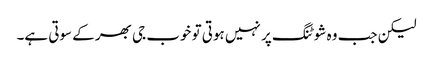
لیکن جب وہ شوٹنگ پر نہیں ہوتی تو خوب جی بھر کے سوتی ہے۔